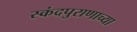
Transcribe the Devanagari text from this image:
स्कंदपुराणाच्या